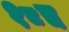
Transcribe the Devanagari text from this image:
१८च